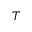
T